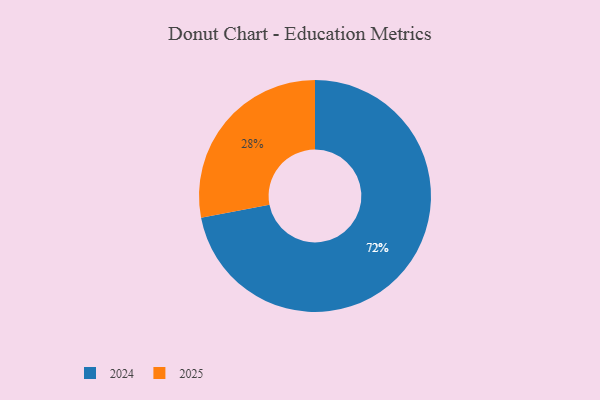
{"axis": {"x": "Category", "y": "Percentage"}, "legend": ["2024", "2025"], "data": [{"x": "2024", "y": 72, "type": "2024"}, {"x": "2025", "y": 28, "type": "2025"}]}